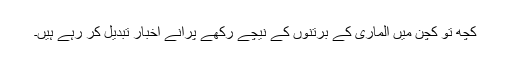
کچھ تو کچن میں الماری کے برتنوں کے نیچے رکھے پرانے اخبار تبدیل کر رہے ہیں۔